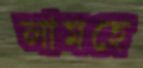
লামহে